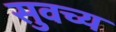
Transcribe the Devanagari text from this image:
सुवच्य